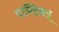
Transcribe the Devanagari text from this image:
पाण्टियऩ्